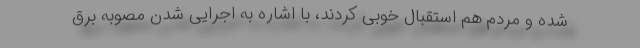
شده و مردم هم استقبال خوبی کردند، با اشاره به اجرایی شدن مصوبه برق